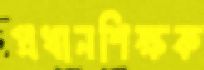
প্রধানশিক্ষক